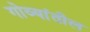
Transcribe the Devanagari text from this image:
गोव्यांतील